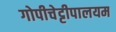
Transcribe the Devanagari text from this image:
गोपीचेट्टीपालयम